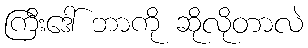
ကြီးဒေါ် ဘာကို ဆိုလိုတာလဲ